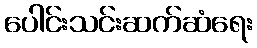
ပေါင်းသင်းဆက်ဆံရေး